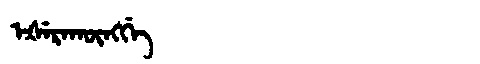
Manchu: ᡝᡧᡝᡵᠠᡴᡡᠩᡤᡝ
Romanization: EŠERAKŪNGGE